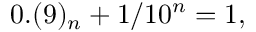
0 . ( 9 ) _ { n } + 1 / 1 0 ^ { n } = 1 ,